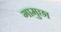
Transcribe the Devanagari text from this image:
गामुछा